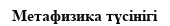
Метафизика түсінігі